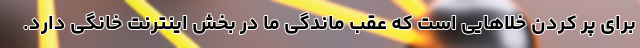
برای پر کردن خلاهایی است که عقب ماندگی ما در بخش اینترنت خانگی دارد.